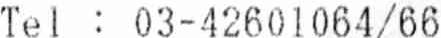
TEL : 03-42601064/66